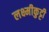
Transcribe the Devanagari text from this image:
लक्ष्मीकुट्टी